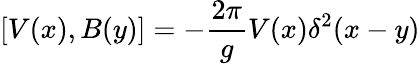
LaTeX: \lbrack V(x),B(y)]=-{\frac{2\pi}{g}}V(x)\delta^{2}(x-y)